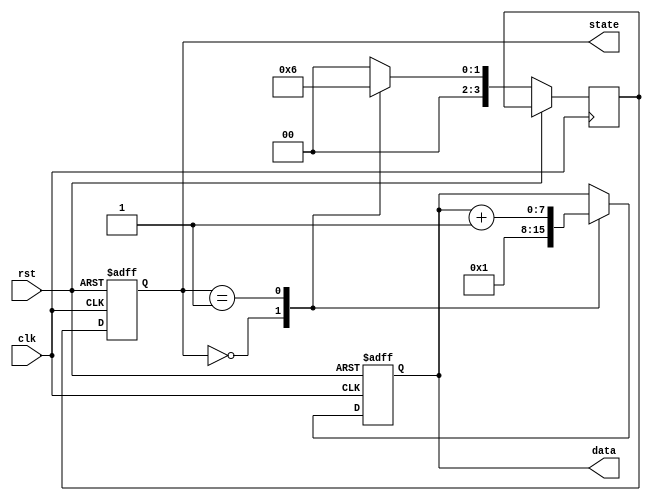
module ClockCycleInitialization (
    input wire clk,          // Clock signal
    input wire rst,          // Reset signal
    output reg [3:0] state,  // Example output representing internal state
    output reg [7:0] data    // Example output representing data
);

// State encoding for FSM
localparam STATE_IDLE = 4'b0000;
localparam STATE_PROCESS = 4'b0001;
localparam STATE_DONE = 4'b0010;

// Internal registers
reg [3:0] next_state; // Next state for FSM

// Sequential logic for state transitions and output updates
always @(posedge clk or posedge rst) begin
    if (rst) begin
        // Reset condition: initialize all registers
        state <= STATE_IDLE;
        data <= 8'b0; // Initialize data to zero
    end else begin
        // Update state and data based on the current state
        state <= next_state;
        // Example logic to update data based on state
        case (state)
            STATE_IDLE: begin
                data <= 8'b00000001; // Example operation
                next_state <= STATE_PROCESS;
            end
            STATE_PROCESS: begin
                data <= data + 1; // Increment data
                next_state <= STATE_DONE;
            end
            STATE_DONE: begin
                // Final state, could transition back to IDLE or stay
                next_state <= STATE_IDLE; // Loop back to IDLE
            end
            default: begin
                next_state <= STATE_IDLE; // Default to IDLE
            end
        endcase
    end
end

endmodule